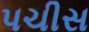
પચીસ